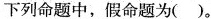
下列命题中，假命题为()。